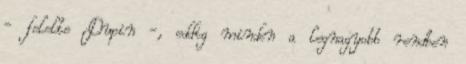
- felelte Dupin -, eddig minden a legnagyobb rendben